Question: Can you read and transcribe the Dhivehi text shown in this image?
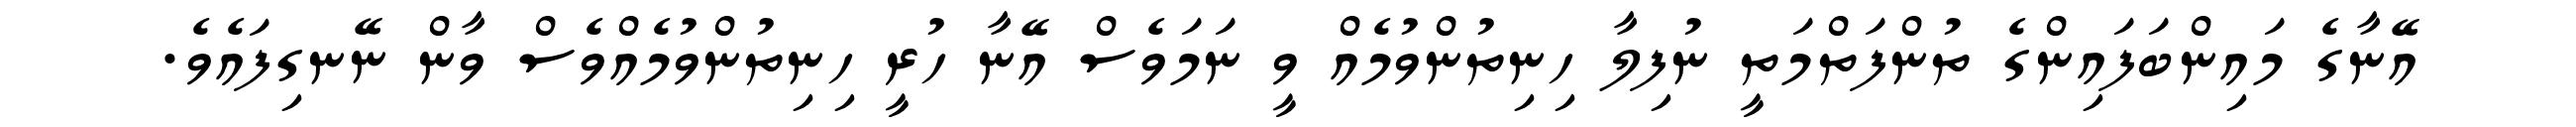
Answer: އޭނާގެ މައިންބަފައިންގެ ތުންފަތްމަތީ ނުފިލާ ހިނިތުންވުމެއް ވީ ނަމަވެސް އޭނާ ހުރީ ހިނިތުންވުމެއްވެސް ވާން ނޭނގިފައެވެ.